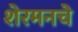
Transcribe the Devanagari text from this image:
शेरमनचे